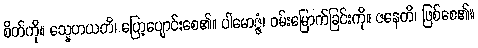
စိတ်ကို။ သ္နေဟယတိ၊ ပြော့ပျောင်းစေ၏။ ပါမောဇ္ဇံ၊ ဝမ်းမြောက်ခြင်းကို။ ဇနေတိ၊ ဖြစ်စေ၏။